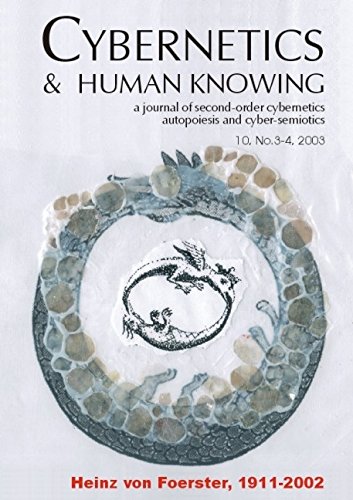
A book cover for Heinz Von Foerster 1911-2002 (Cybernetics & Human Knowing: A Journal of Second-Order Cybernetics Auto Poiesis); Computers & Technology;